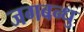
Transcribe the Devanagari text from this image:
जगबन्धु